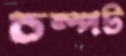
চম্পট